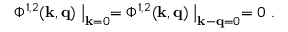
\Phi ^ { 1 , 2 } ( { \bf k } , { \bf q } ) \bigm | _ { { \bf k } = 0 } = \Phi ^ { 1 , 2 } ( { \bf k } , { \bf q } ) \bigm | _ { { \bf k } - { \bf q } = 0 } = 0 \ .